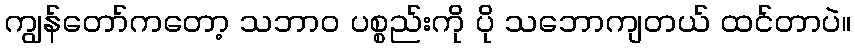
ကျွန်တော်ကတော့ သဘာဝ ပစ္စည်းကို ပို သဘောကျတယ် ထင်တာပဲ။